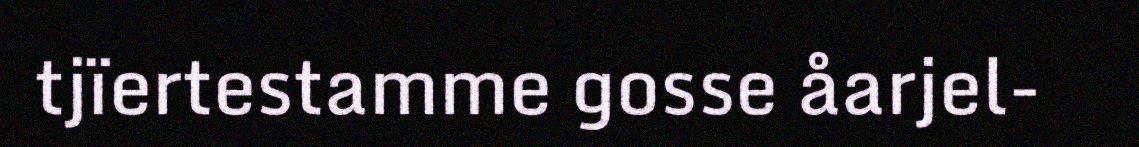
tjïertestamme gosse åarjel-